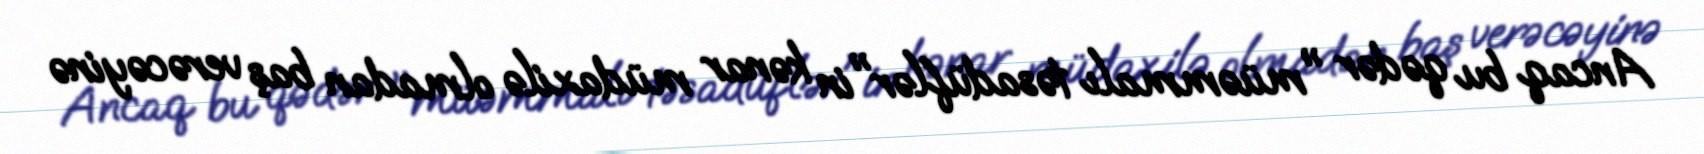
Ancaq bu qədər "müəmmalı təsadüflər"in kənar müdaxilə olmadan baş verəcəyinə